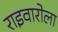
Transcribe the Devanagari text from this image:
राइवारोला